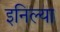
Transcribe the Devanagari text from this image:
इनिल्या